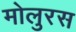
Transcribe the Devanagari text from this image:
मोलुरस